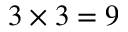
3 \times 3 = 9